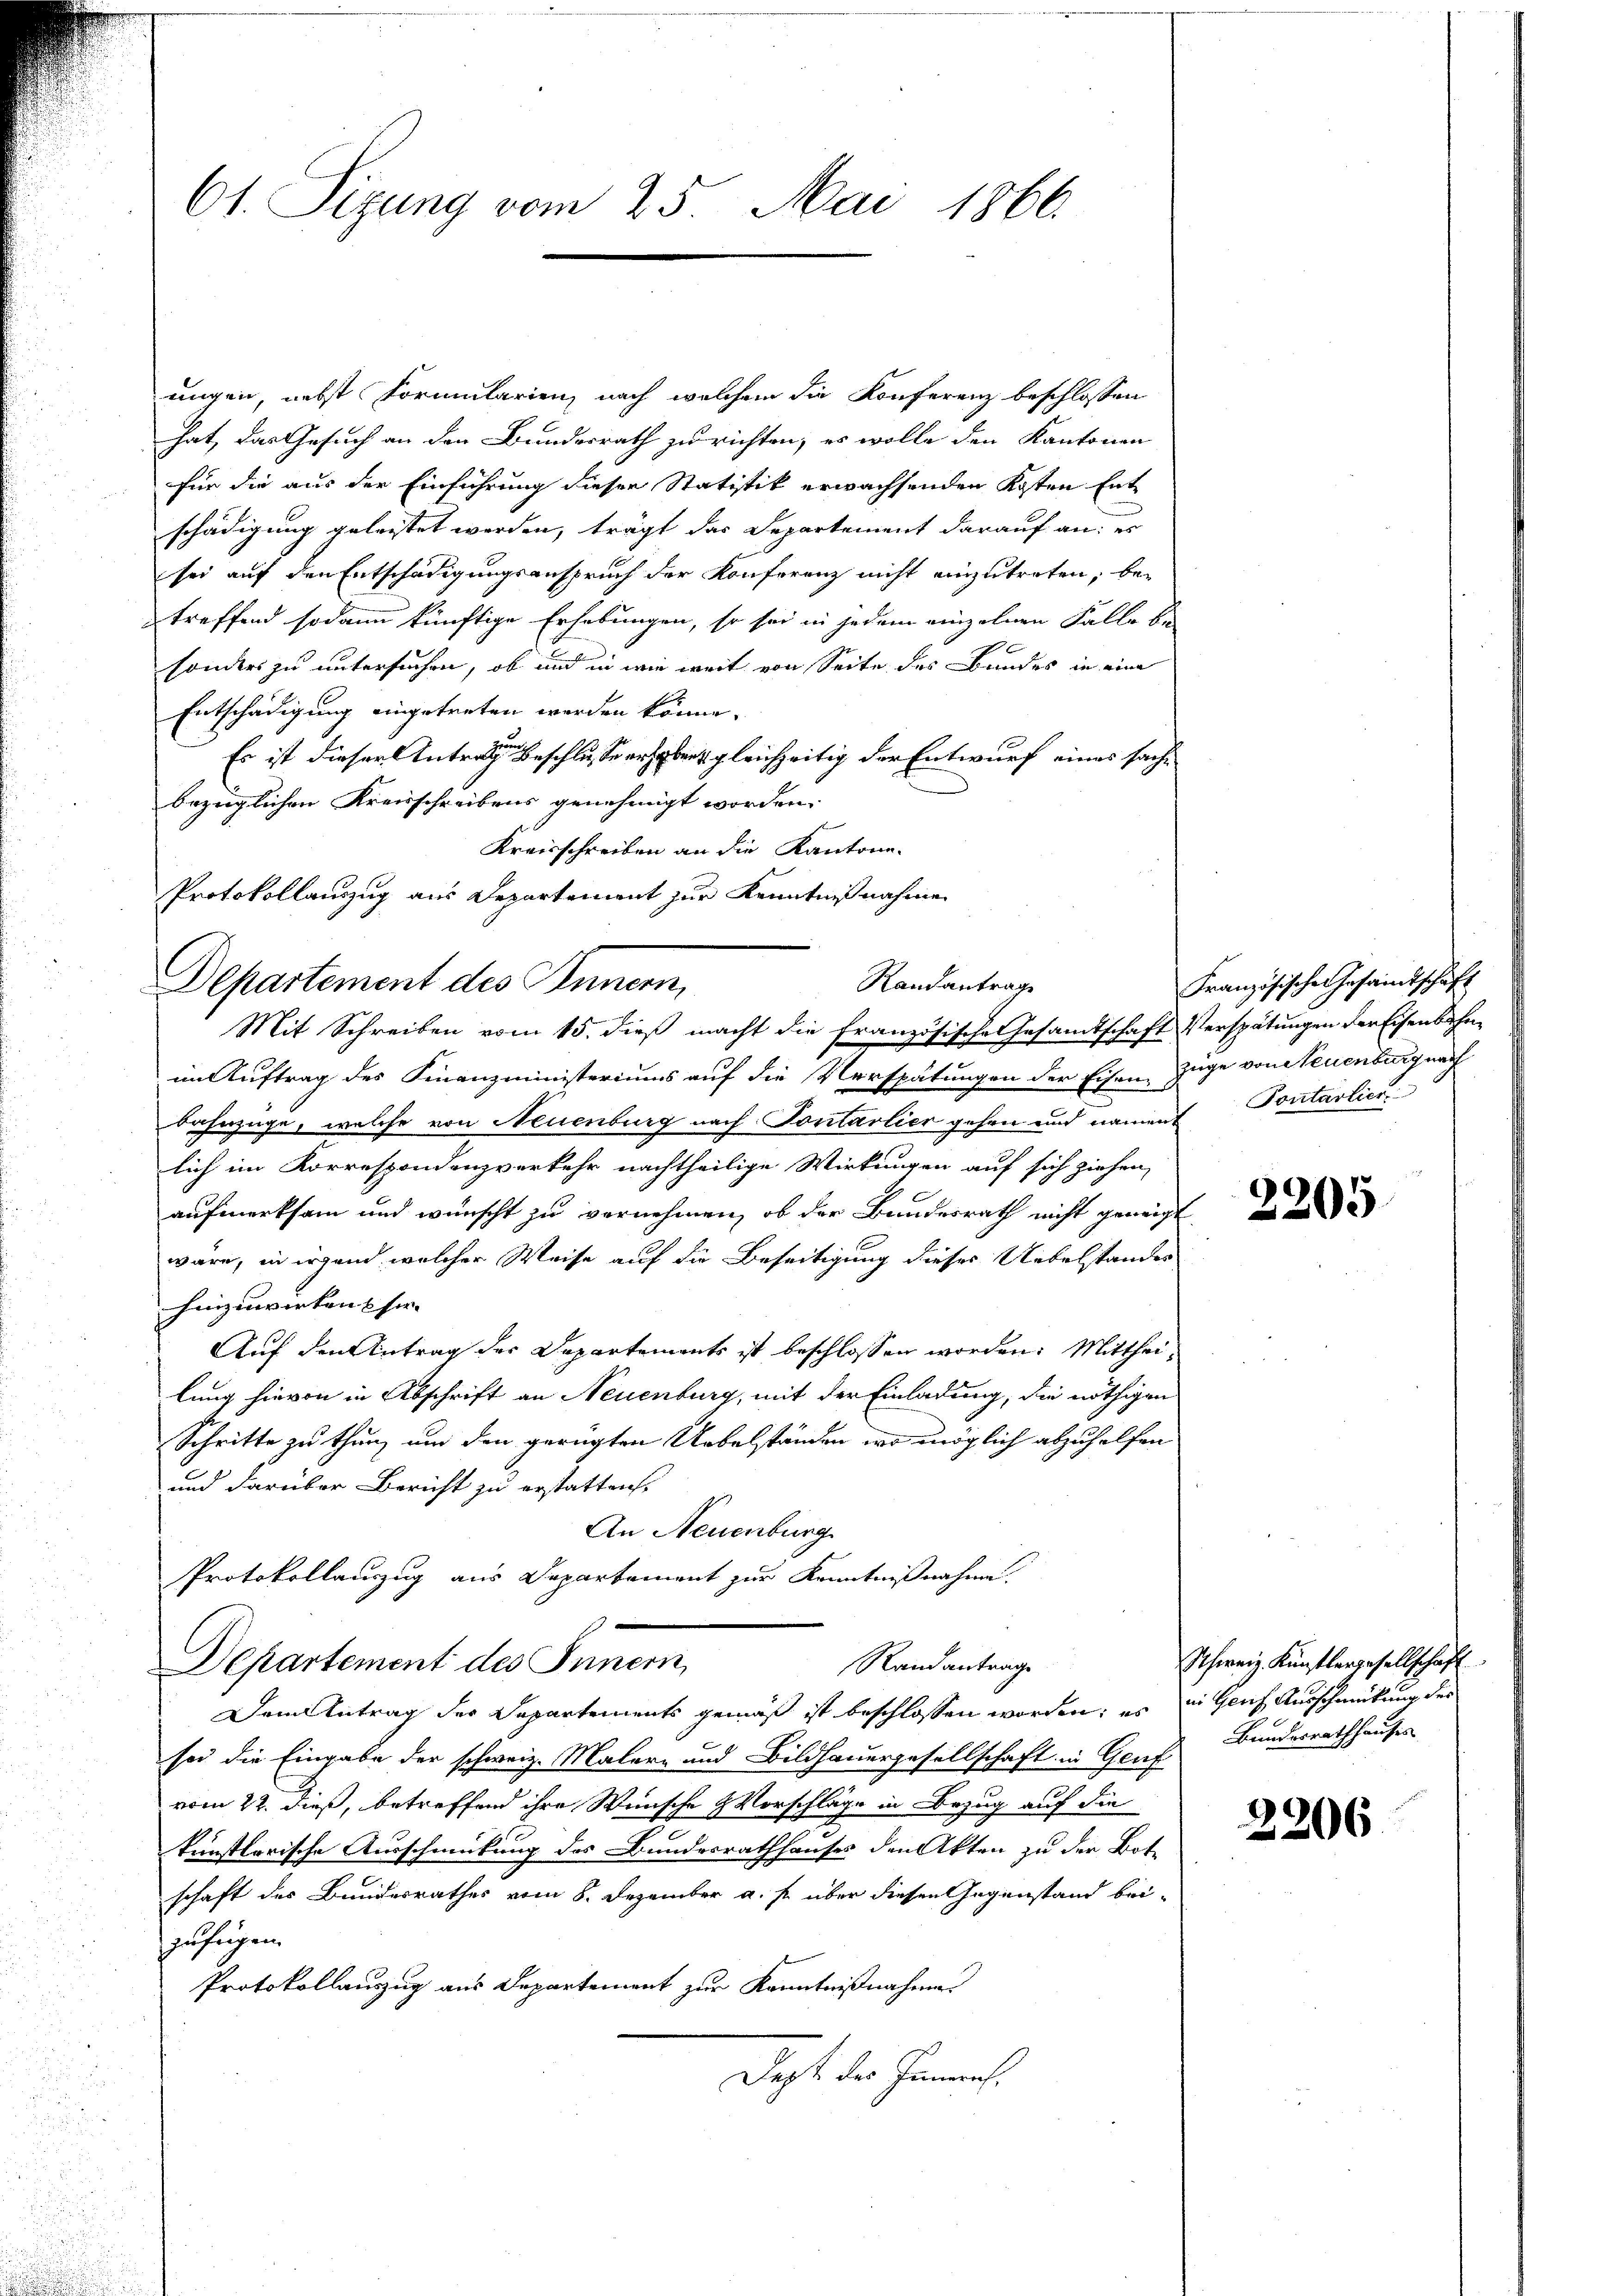
ungen, nebst Formularienz nach welchem die Konferenz beschlossen
hat, das Gesuch an den Bundesrath zu richten, es wolle den Kantonen
für die aus der Einführung dieser Statistik erwachsenden Kosten Ent-
schädigung geleistet werden, trägt das Departement darauf an, er
sei auf den Entschädigungsanspruch der Konferenz nicht einzutreten, betreffend sodann künftige Erhebungen, so sei in jedem einzelnen Falle be
sonders zu untersuchen, ob und in wie weit von Seite des Bundes in eine
Entschädigung eingetreten werden könne.
Es ist dieser Antragen Geschlusse erhoben gleichzeitig der Entwurf eines sachbezüglichen Kreisschreibens genehmigt worden.
Kreisschreiben an die Kantone.
Protokollauszug aus Departement zur Kenntnißnahmen
Departement des Innern,
im Auftrag des Finanzministeriums auf die Verspätungen der Eisen, Zuge von Neuenburg nach
Bahnzüge, welche von Neuenburg nach Pontalier gehen und nament Pontarlier
lich im Korrespondenzverkehr nachtheilige Wirkungen auf sich ziehen,
aufmerksam und wünscht zu vernehmen, ob der Bundesrath nicht geneigt
wäre, in irgend welcher Weise auf die Beseitigung dieses Uebelstandes
hinzuwirken & sir- |
Auf den Antrag der Departements ist beschlossen worden: Mittheilung hievon in Abschrift an Neuenburg, mit der Einladung, die nöthigen
Schritte zu thun, um den gerügten Uebelständen, wo möglich abzuhelfen
und darüber Bericht zu erstatten.
An Neuenburg
Protokollanzug aus Departement zur Kenntnißnahme.
Departement des Innern,
Randantrage
Dem Antrag der Departements gemäß ist beschlossen worden; es in Gerich Ausschmückung des
sei die Eingabe der schweiz. Maler- und Bildhauergesellschaft in Genf
vom 22. dieß, betreffend ihre Wünsche Vorschläge in Bezug auf die
künstlerische Ausschmückung des Bundesrathhauses den Akten zu der Bot-
schaft des Bundesrathes vom 8. Dezember a. s. über diesen Gegenstand bei-
zufrigen.
Protokollauzug aus Departement zur Kenntnißnahme
Dept des Innern,

61. Sizung vom 25. Mai 1866.

Randantrage
Mit Schreiben vom 15. dieß macht die französische Gesamtschaft Verspätungen der Eisenbahn¬

Französische Gesandtschäft

2205

Schweiz. Künstlergesellschaft
Bundesrathhauses

2206